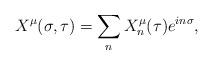
LaTeX: \begin{align*}X^\mu(\sigma, \tau) = \sum_n X^\mu_n(\tau) e^{in\sigma},\end{align*}